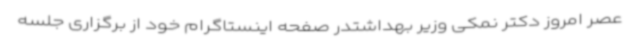
عصر امروز دکتر نمکی وزیر بهداشتدر صفحه اینستاگرام خود از برگزاری جلسه